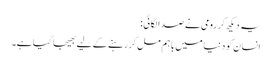
یہ دیکھ کر رومی نے صدا لگائی :
انسان کو دنیا میں باہم مل کر رہنے کے لیے بھیجا گیا ہے۔